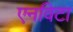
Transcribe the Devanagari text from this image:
एनविटा